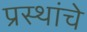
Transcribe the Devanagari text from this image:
प्रस्थांचे